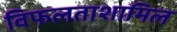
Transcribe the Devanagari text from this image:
विफलताशामिल